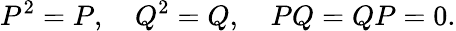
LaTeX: P^{2}=P,\quad Q^{2}=Q,\quad PQ=QP=0.